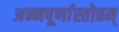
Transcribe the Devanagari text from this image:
अन्नपूर्णास्तोत्रम्